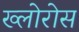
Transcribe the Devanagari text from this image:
ख्लोरोस